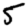
Digit: 5